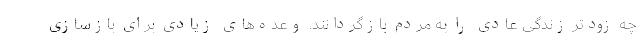
چه زودتر زندگی عادی را به مردم بازگردانند. وعده‌های زیادی برای بازسازی